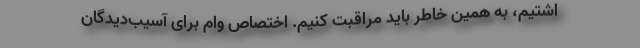
اشتیم، به همین خاطر باید مراقبت کنیم. اختصاص وام برای آسیب‌دیدگان